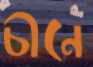
চীনে